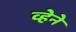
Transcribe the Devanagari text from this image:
व्हेने